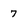
Character: 7